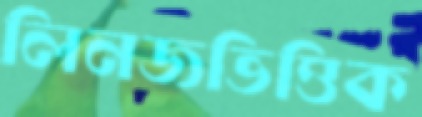
লিনজভিত্তিক